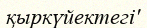
қыркүйектегі'